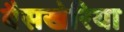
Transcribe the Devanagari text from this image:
बैसखेरिया